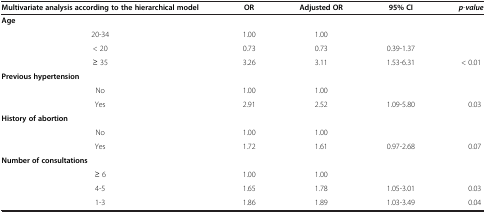
<table><thead><tr><td><b>Multivariate analysis according to the hierarchical model</b></td><td><b>OR</b></td><td><b>Adjusted OR</b></td><td><b>95% CI</b></td><td><b><i>p</i><i>-</i><i>value</i></b></td></tr></thead><tbody><tr><td><b>Age</b></td><td colspan="4"> </td></tr><tr><td>20-34</td><td>1.00</td><td>1.00</td><td> </td><td> </td></tr><tr><td>&lt; 20</td><td>0.73</td><td>0.73</td><td>0.39-1.37</td><td> </td></tr><tr><td>≥ 35</td><td>3.26</td><td>3.11</td><td>1.53-6.31</td><td>&lt; 0.01</td></tr><tr><td><b>Previous hypertension</b></td><td colspan="4"> </td></tr><tr><td>No</td><td>1.00</td><td>1.00</td><td> </td><td> </td></tr><tr><td>Yes</td><td>2.91</td><td>2.52</td><td>1.09-5.80</td><td>0.03</td></tr><tr><td><b>History of abortion</b></td><td> </td><td> </td><td> </td><td> </td></tr><tr><td>No</td><td>1.00</td><td>1.00</td><td> </td><td> </td></tr><tr><td>Yes</td><td>1.72</td><td>1.61</td><td>0.97-2.68</td><td>0.07</td></tr><tr><td><b>Number of consultations</b></td><td colspan="4"> </td></tr><tr><td>≥ 6</td><td>1.00</td><td>1.00</td><td> </td><td> </td></tr><tr><td>4-5</td><td>1.65</td><td>1.78</td><td>1.05-3.01</td><td>0.03</td></tr><tr><td>1-3</td><td>1.86</td><td>1.89</td><td>1.03-3.49</td><td>0.04</td></tr></tbody></table>